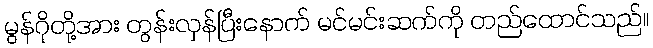
မွန်ဂိုတို့အား တွန်းလှန်ပြီးနောက် မင်မင်းဆက်ကို တည်ထောင်သည်။